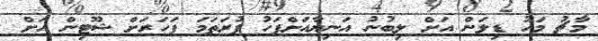
މާޗު މަހު ޑިލަން އަށް ލިބުނު އަނިޔާއަށްފަހު ފުރަތަމަ ފަހަރަށް ޝޫޓިން އަށް